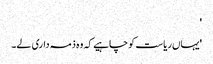
'
'یہاں ریاست کو چاہیے کہ وہ ذمہ داری لے۔